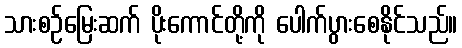
သားစဉ်မြေးဆက် ပိုးကောင်တို့ကို ပေါက်ပွားစေနိုင်သည်။